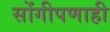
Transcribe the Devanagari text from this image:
सोंगीपणाही